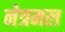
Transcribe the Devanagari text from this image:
नेत्रमल